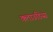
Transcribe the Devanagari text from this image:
क्लाऊडिय्स